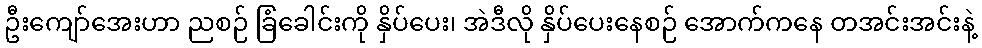
ဦးကျော်အေးဟာ ညစဉ် ခြံခေါင်းကို နှိပ်ပေး၊ အဲဒီလို နှိပ်ပေးနေစဉ် အောက်ကနေ တအင်းအင်းနဲ့